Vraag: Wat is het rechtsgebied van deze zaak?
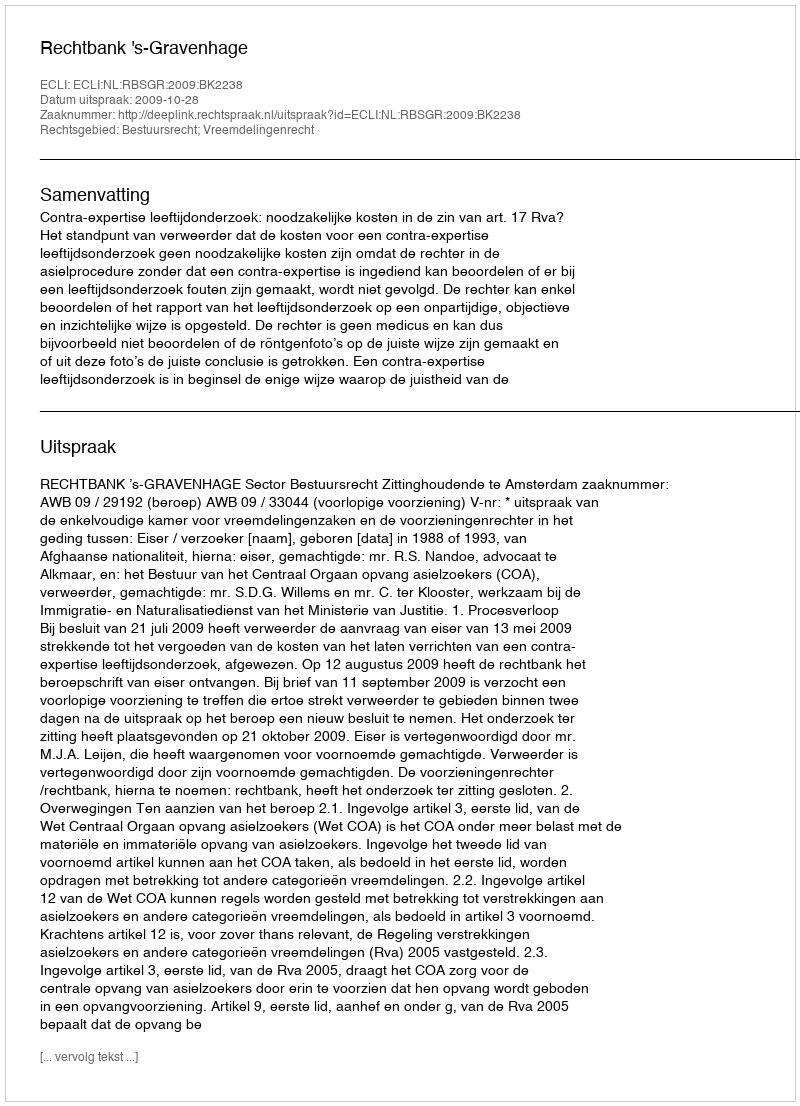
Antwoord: Bestuursrecht; Vreemdelingenrecht